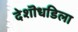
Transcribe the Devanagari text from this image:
देशॊधडिला